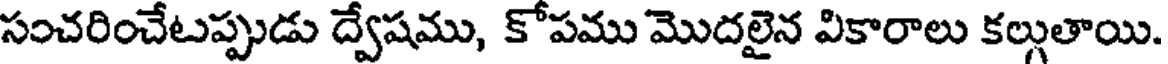
సంచరించేటప్పుడు ద్వేషము, కోపము మొదలైన వికారాలు కల్గుతాయి.